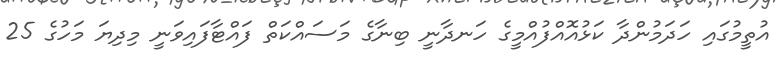
އުތީމުގައި ހަދަމުންދާ ކަޅުއޮއްފުއްމީގެ ހަނދާނީ ބިނާގެ މަސައްކަތް ފައްޓާފައިވަނީ މިދިޔަ މަހުގެ 25